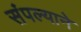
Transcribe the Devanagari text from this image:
संपल्‍याने